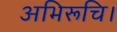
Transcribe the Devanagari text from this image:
अभिरूचि।